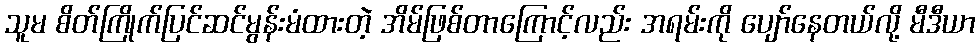
သူမ စိတ်ကြိုက်ပြင်ဆင်မွန်းမံထားတဲ့ အိမ်ဖြစ်တာကြောင့်လည်း အရမ်းကို ပျော်နေတယ်လို့ မီဒီယာ